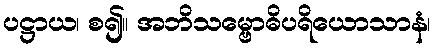
ပဋ္ဌာယ၊ စ၍။ အဘိသမ္ဗောဓိပရိယောသာနံ၊